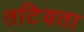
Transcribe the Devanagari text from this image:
तटियता